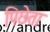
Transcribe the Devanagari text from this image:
पिछेता